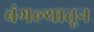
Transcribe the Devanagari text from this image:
बंगल्यातून